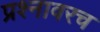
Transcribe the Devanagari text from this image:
प्रश्नावरच